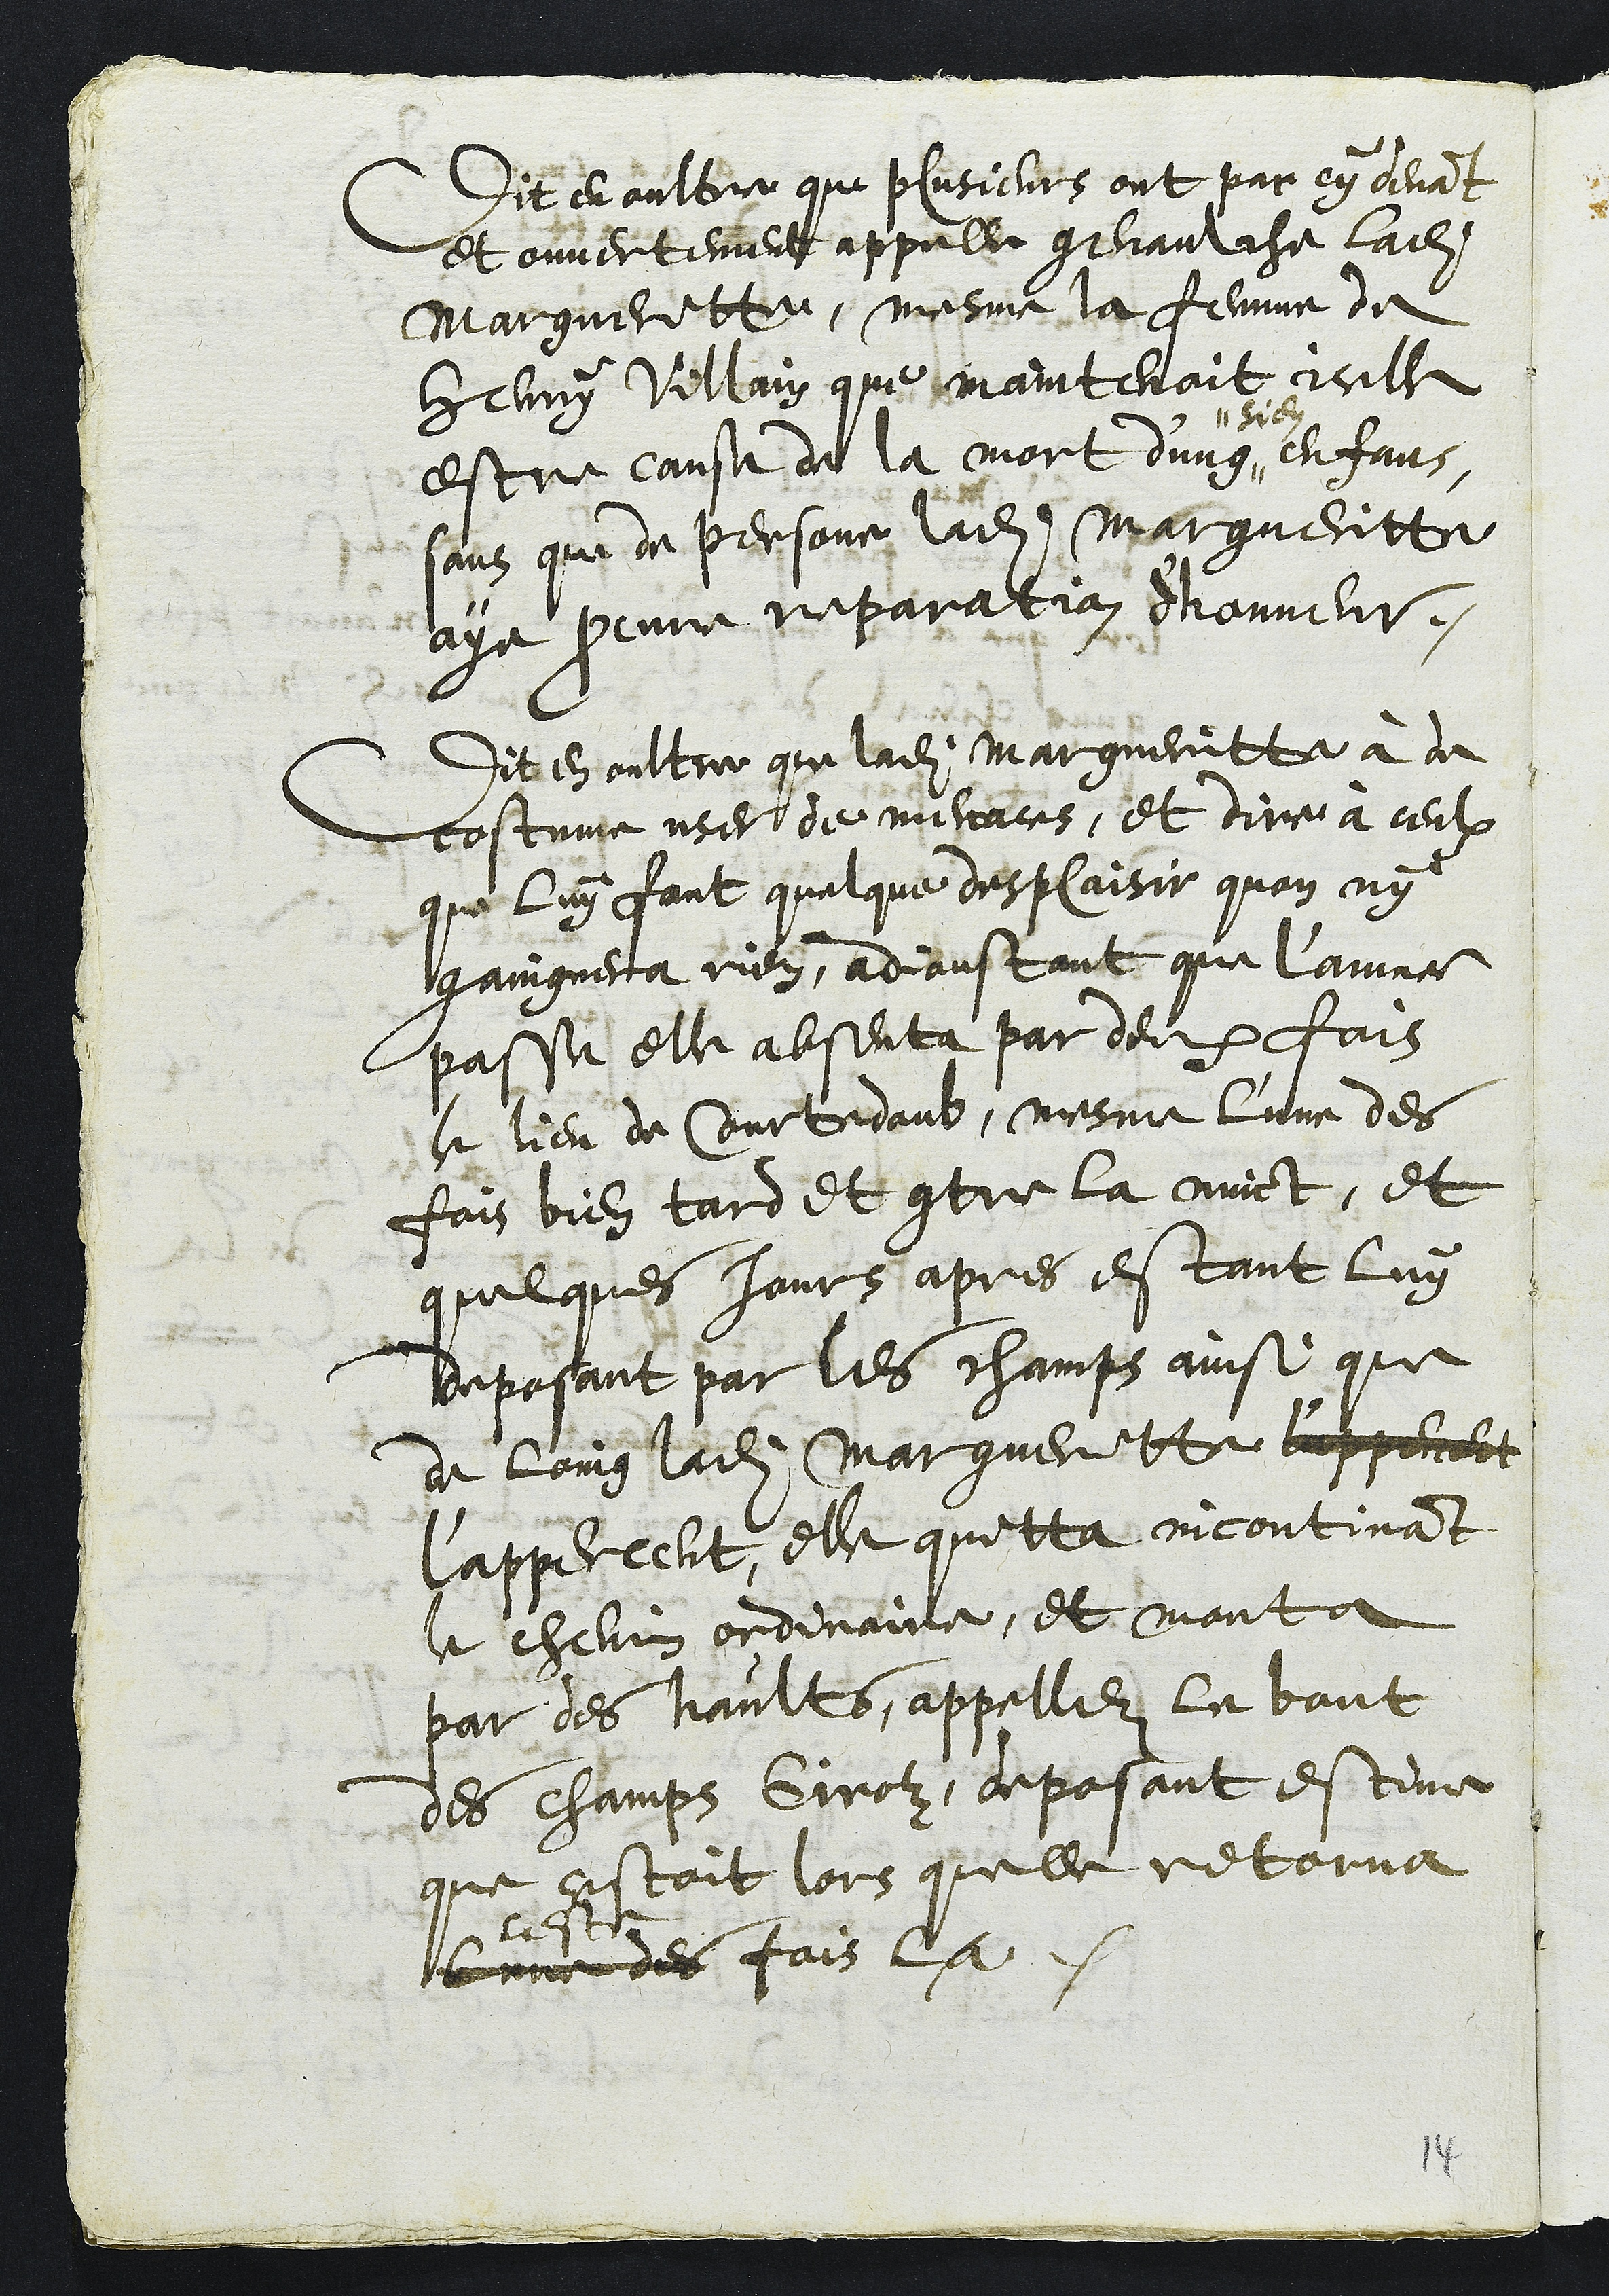
Dit en oultre que plusieurs ont par cy devant
et ouvertement appelle genaulche ladite
Margueritte, mesme la femme de
Henry Villain que maintenoit icelle
estre cause de la mort d'ung
" sien
enfans
sans que de personne ladite Margueritte
aye procure reparation d'honneur.
Dit en oultre que ladite Margueritte à de
costume user de menaces, et dire à ceulx
que luy font quelque desplaisir quon ny
gaingnera rien, adjoustant que l'annee
passe elle absenta par deux fois
le lieu de Courtedoubs mesme l'une des
fois bien tard et contre la nuict, et
quelques jours apres estant luy
deposant par les champs ainsi que
de loing ladite Margueritte l'apperceut
l’apperceut, elle quitta incontinant
le chemin ordinaire, et monta
par des haults, appellez le bout
des champs Girolz, deposant estime
que estoit lors quelle retorna
ceste
lunne des fois la.